Lunatic asylums Punjab 1868-1880 - 1868-1880
Year: 1868
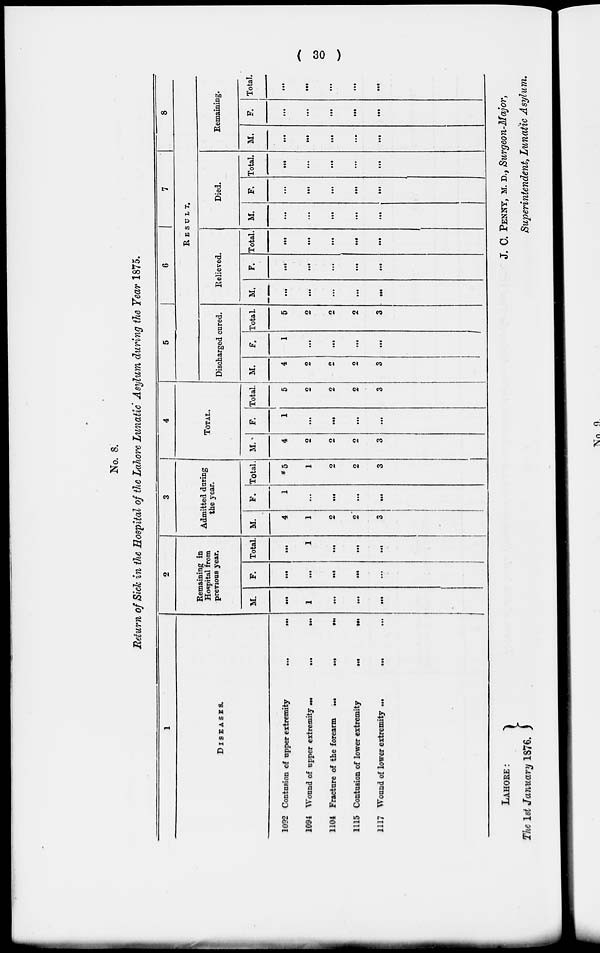
( 30 )
No. 8.
Return of Sick in the Hospital of the Lahore Lunatic Asylum during the Year 1875.
1
DISEASES.
1092
1094
1104
1115
1117
Contusion of upper extremity
...
...
Wound of upper extremity
...
...
...
Fracture of the forearm
...
...
...
Contusion of lower extremity
...
...
Wound of lower extremity ...
... ...
2
Remaining in
Hospital from
previous year.
M.
...
1
...
...
...
F.
...
...
...
...
...
Total.
...
1
...
...
...
3
Admitted during
the year.
M.
4
1
2
2
3
F.
1
...
...
...
...
Total.
5
1
2
2
3
4
TOTAL.
M.
4
2
2
2
3
F.
1
...
...
...
...
Total.
5
2
2
2
3
5
6
7
8
RESULT.
Discharged cured.
M.
4
2
2
2
3
F.
1
...
...
...
...
Total
5
2
2
2
3
Relieved.
M.
...
...
...
...
...
F.
...
...
...
...
...
Total.
...
...
...
...
...
Died.
M.
...
...
...
...
...
F.
...
...
...
...
...
Total.
...
...
...
...
...
Remaining.
M.
...
...
...
...
...
F.
...
...
...
...
...
Total.
...
...
...
...
...
LAHORE:
The 1st January 1876.
J. C. PENNY, M. D., Surgeon-Major,
Superintendent, Lunatic Asylum.